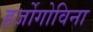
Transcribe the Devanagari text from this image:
हर्जोगोविना